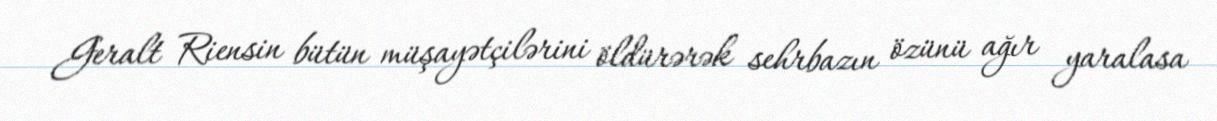
Geralt Riensin bütün müşayətçilərini öldürərək sehrbazın özünü ağır yaralasa